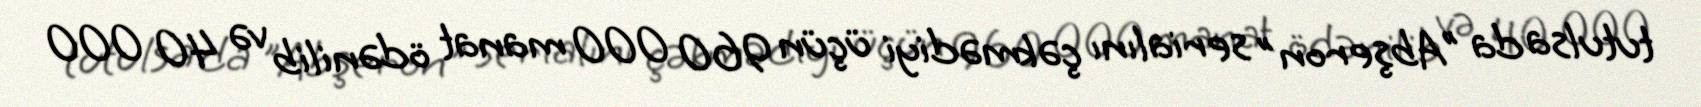
tutulsa da "Abşeron" serialını çəkmədiyi üçün 960 000 manat ödənilib və 40 000